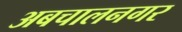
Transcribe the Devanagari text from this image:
अबचालनगर